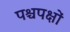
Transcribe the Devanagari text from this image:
पश्चपक्षों